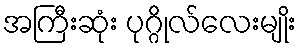
အကြီးဆုံး ပုဂ္ဂိုလ်လေးမျိုး